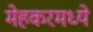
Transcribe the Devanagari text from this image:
मेहकरमध्ये